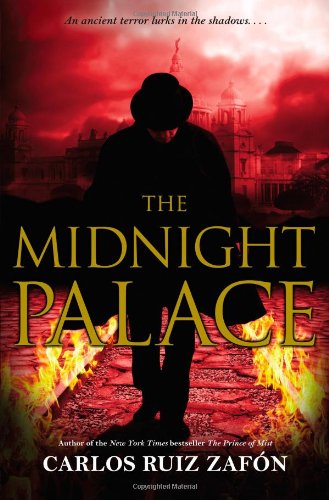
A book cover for The Midnight Palace; Carlos Ruiz Zafon; Teen & Young Adult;